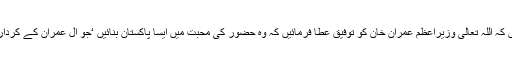
ہم دعا کرتے ہیں کہ اللہ تعالیٰ وزیراعظم عمران خان کو توفیق عطا فرمائیں کہ وہ حضورؐ کی محبت میں ایسا پاکستان بنائیں ‘جو آلِ عمران کے کردار کا آئینہ دار ہو۔